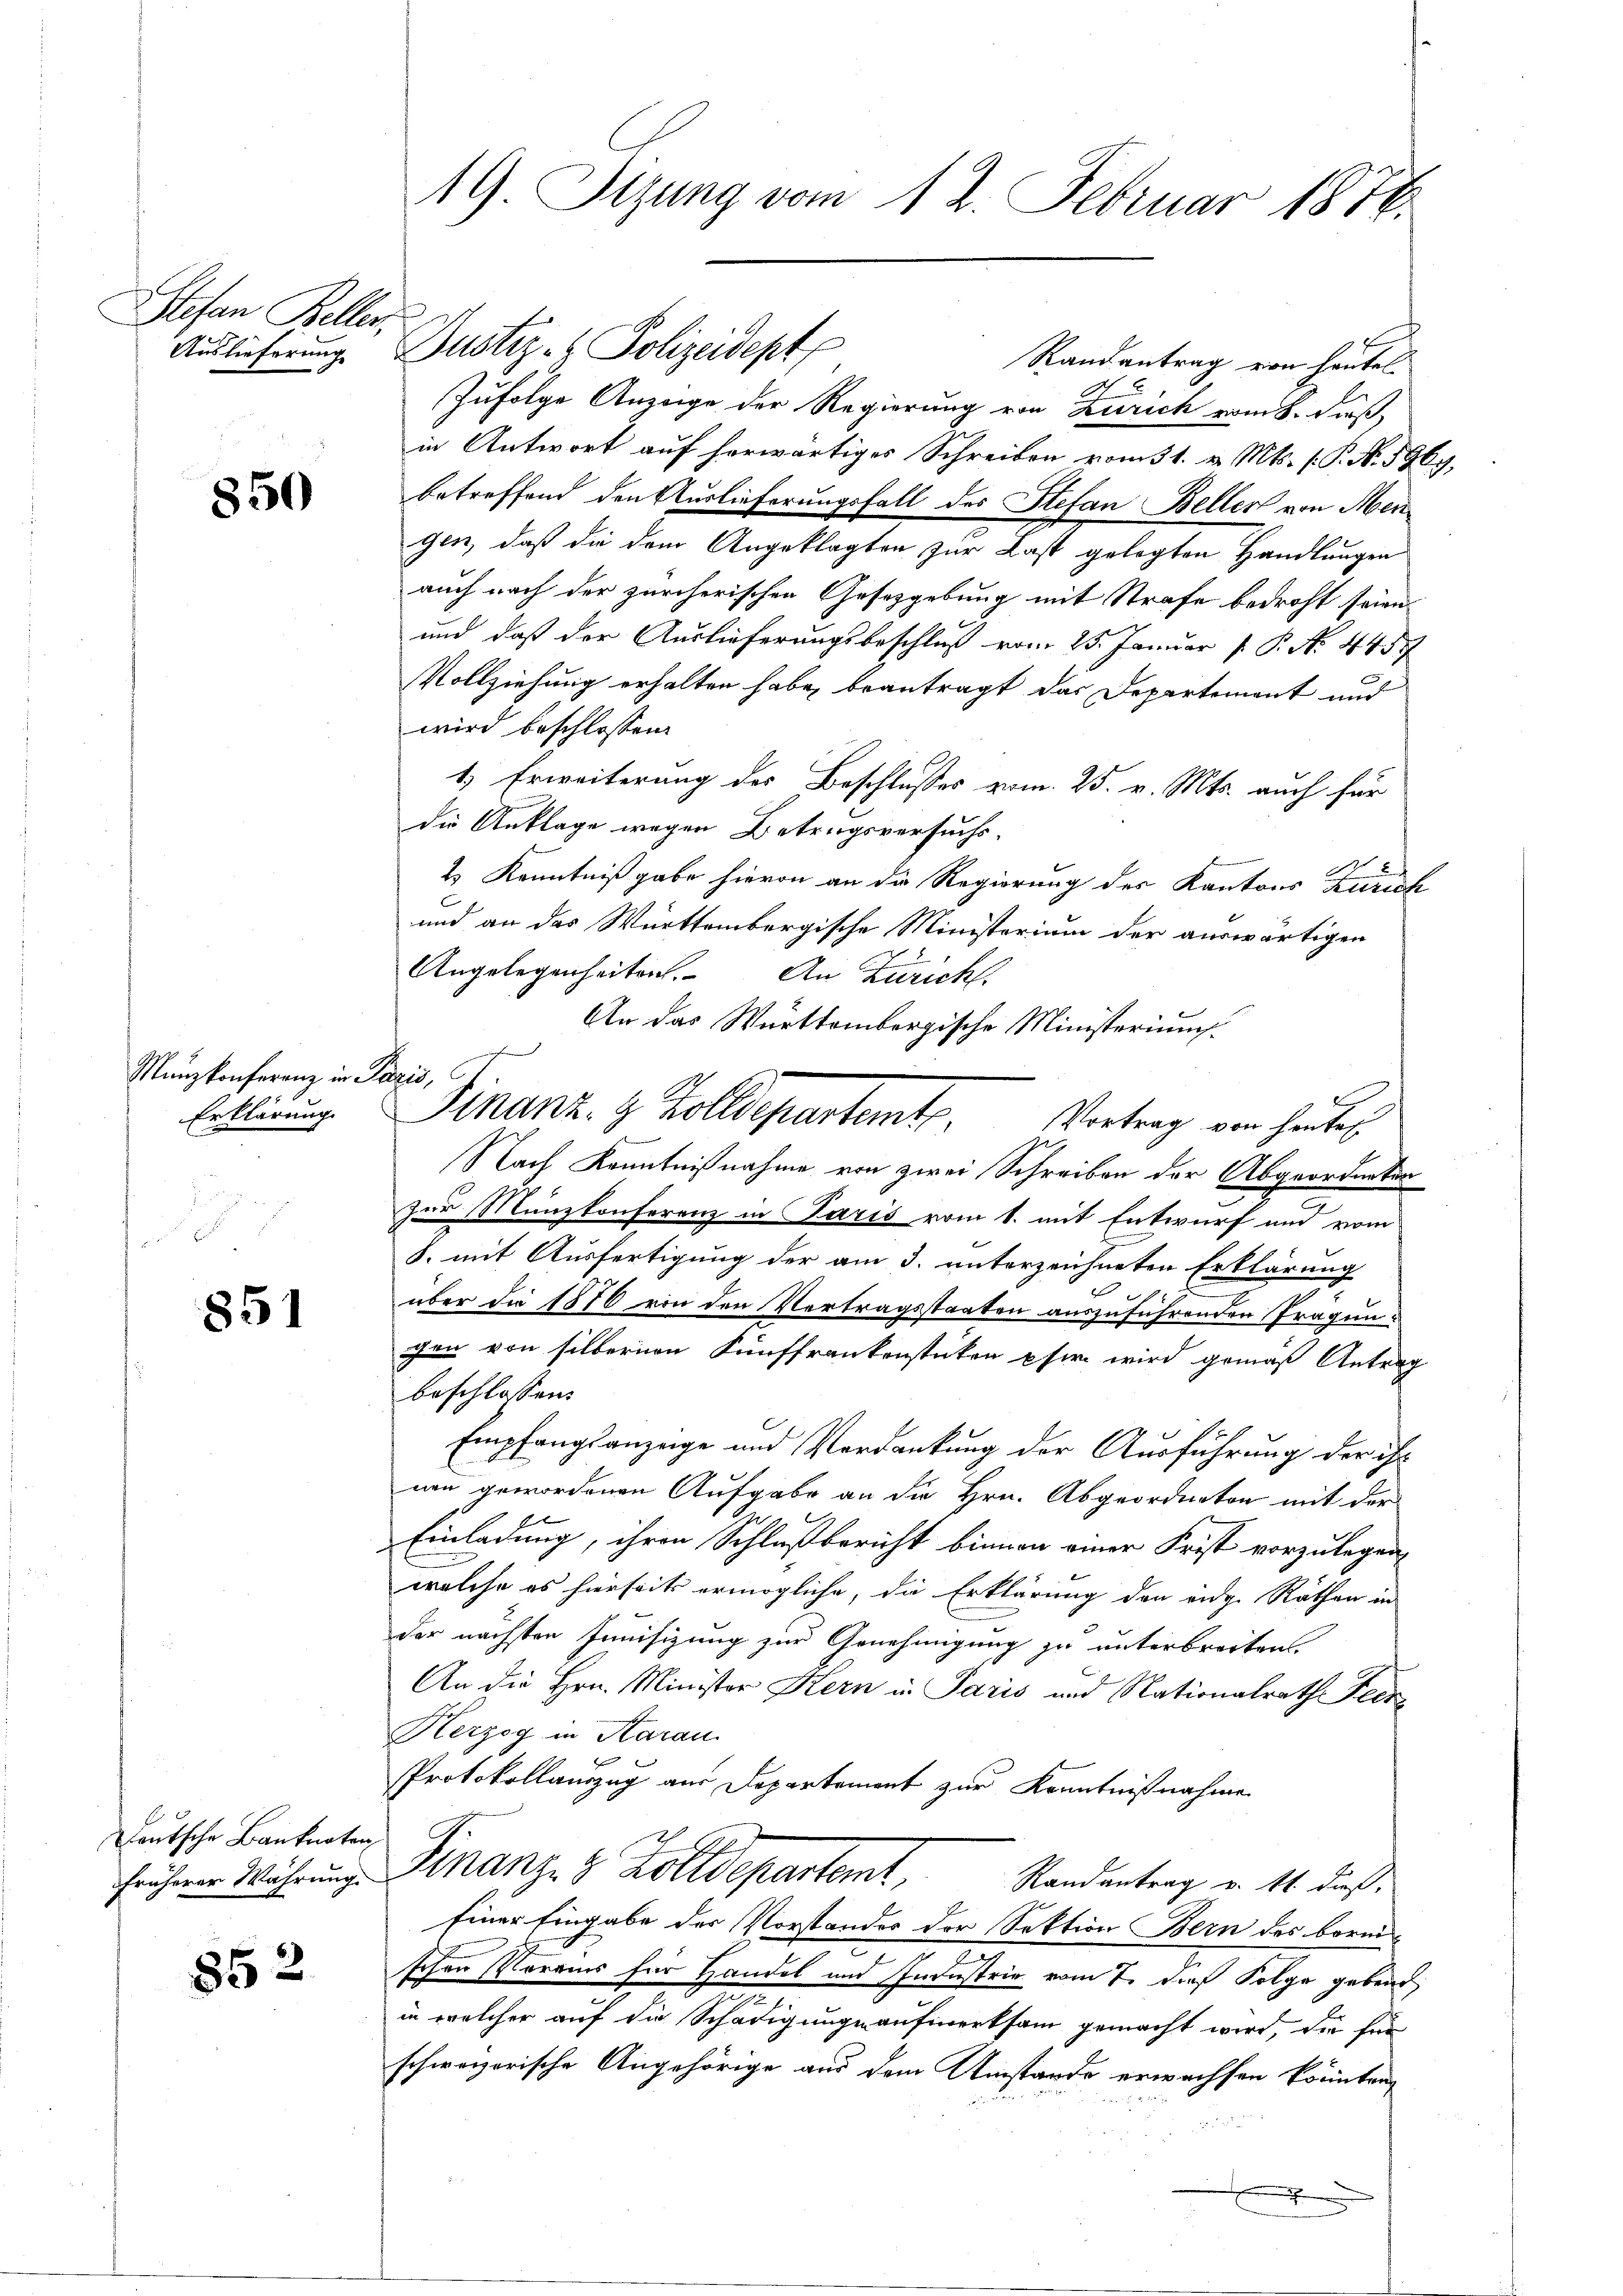
Stefan Beller.

850

Münzkonferenz in Paris,
Erklärung

851

Teutsche Banknoten
früherer Währung.

852

19. Sizung vom 12. Februar 1876.

Auslieferung. Dustiz- & Polizeidept
Randantrag von heutel
Zufolge Anzeige der Regierung von Zürich vom 8. dieß,
in Antwort auf herwärtiges Schreiben vom 31. v. Mts. f. P. N. 5969.
betreffend den Auslieferungsfall des Stefan Beller von Mengen, daß die dem Angeklagten zur Last gelegten Handlungen
auch nach der zürcherischen Gesetzgebung mit Strafe bedroht seien
und daß der Auslieferungsbeschluß vom 25. Januar P. P. N. 448
Vollziehung erhalten habe, beantragt das Departement und
wird beschlossen:
1.) Erweiterung des Beschlusses vom 25. v. Mts. auch für
die Anklage wegen Betrugsversuchs-
2.) Kenntnißgabe hievon an die Regierung des Kantons Zürich
und an das Württembergische Ministerium der auswärtigen
Angelegenheiten. An Zürich.
An das Württembergische Ministerium.
Nach Kenntnißnahme von zwei Schreiben der Abgeordneten
zur Münzkonferenz in Paris vom 1. mit Entwurf und vom
S. mit Ausfertigung der am 3. unterzeichneten Erklärung
über die 1876 von den Vertragsstaaten auszuführenden Prägungen von silbernen Fünffrankenstücken eher wird gemäß Antrag
beschlossen:
Empfangsanzeige und Verdankung der Ausführung der ihr
nen gewordenen Aufgabe an die Hrn. Abgeordneten mit der
Einladung, ihren Schlußbericht binnen einer Frist vorzulegen,
welche es hierseits ermögliche, die Erklärung den eidg. Räthen in
der nächsten Junisizung zur Genehmigung zu unterbrechen.
An die Hrn. Minister Kern in Paris und Nationalrath Feer¬
Herzog in Aarau
PProtokollauszug aus Departement zur Kenntnißnahme
Finanze & Zolldepartent
Randantrag v. 11. dieß,
Einer Eingabe der Vorstandes der Sektion Bern des borni
2
schen Vereins für Handel und Industrie vom 7. dieß Folge geben
¬
in welcher auf die Schädigunge aufmerksam gemacht wird, der für
schweizerische Angehörige aus dem Umstände erwachsen könnten,
.

Finanz- & Zolldepartemte. Vertrag von hinter¬